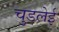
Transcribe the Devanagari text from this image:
चुडलेई